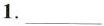
1.___